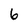
Character: 6